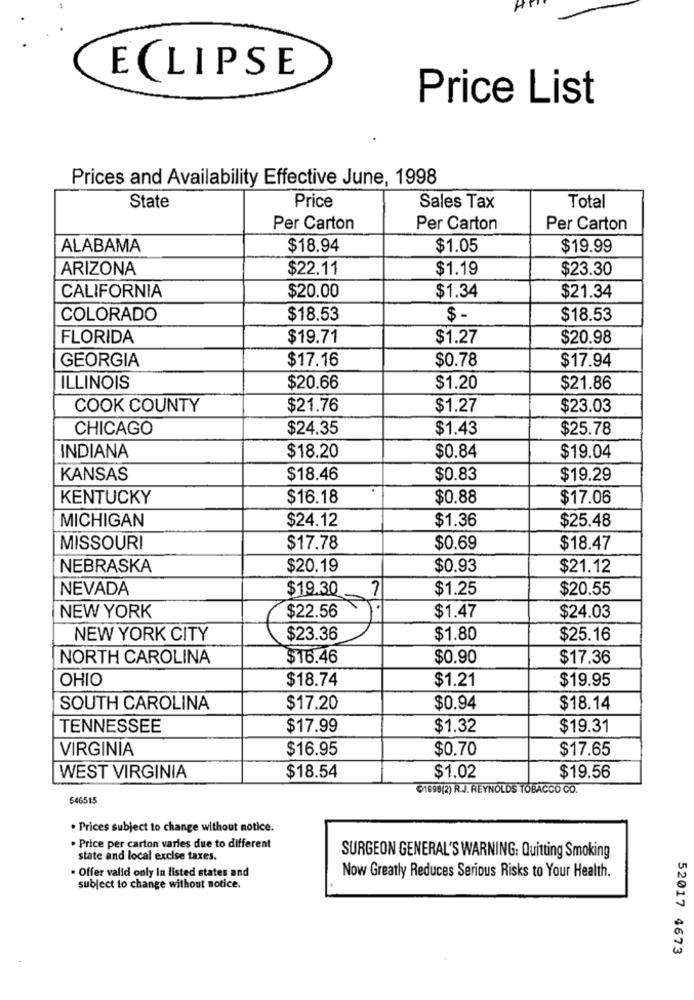
ECLIPSE
Price List
Prices and Availability Effective June, 1998
State
Price
Sales Tax
Total
Per Carton
Per Carton
Per Carton
ALABAMA
$18.94
$1.05
$19.99
ARIZONA
$22.11
$1.19
$23.30
$20.00
CALIFORNIA
$1.34
$21.34
COLORADO
$18.53
$ -
$18.53
FLORIDA
$19.71
$1.27
$20.98
$17.16
$0.78
$17.94
GEORGIA
ILLINOIS
$20.66
$1.20
$21.86
COOK COUNTY
$21.76
$1.27
$23.03
CHICAGO
$24.35
$1.43
$25.78
INDIANA
$0.84
$18.20
$19.04
KANSAS
$18.46
$0.83
$19.29
KENTUCKY
$16.18
$0.88
$17.06
MICHIGAN
$24.12
$1.36
$25.48
MISSOURI
$17.78
$0.69
$18.47
NEBRASKA
$20.19
$0.93
$21.12
NEVADA
$19.30
$1.25
$20.55
$22.56
NEW YORK
$1.47
$24.03
NEW YORK CITY
$23.36
$1.80
$25.16
NORTH CAROLINA
$16.46
$0.90
$17.36
OHIO
$18.74
$1.21
$19.95
SOUTH CAROLINA
$17.20
$0.94
$18.14
TENNESSEE
$17.99
$1.32
$19.31
VIRGINIA
$16.95
$0.70
$17.65
$1.02
WEST VIRGINIA
$18.54
$19.56
(1998(2) R.J. REYNOLDS TOBACCO CO.
546515
. Prices subject to change without notice.
. Price per carton varies due to different
state and local excise taxes.
SURGEON GENERAL'S WARNING: Quitting Smoking
· Offer valid only In listed states and
Now Greatly Reduces Serious Risks to Your Health.
subject to change without notice.
52017 4673